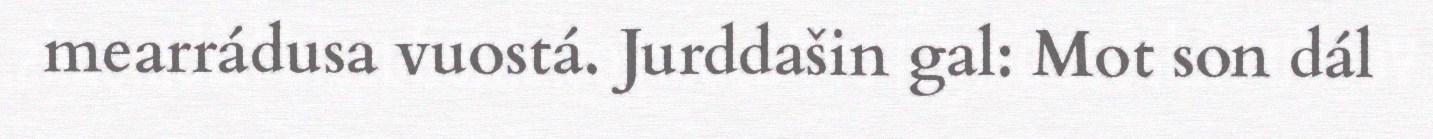
mearrádusa vuostá. Jurddašin gal: Mot son dál